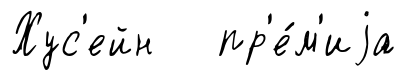
Хус'ейн пр'е́м'иjа